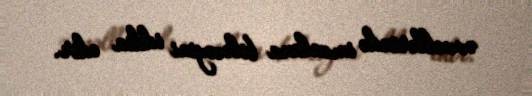
əvvəllərində imzalana biləcəyini iddia edir.